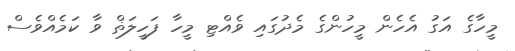
މީހާގެ އަގު އެހެން މީހުންގެ މެދުގައި ވެއްޓި މީހާ ފަހީލަޡް ވާ ކަމެއްވެސް